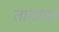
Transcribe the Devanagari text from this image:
तानगत